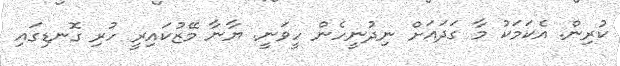
ކުރިން. އެކަމަކު މާ ގަދައަށް ނިދުނީހެން ހީވަނީ. ޔާނާ މޭޒުކައިރީ ހުރި ގޮނޑިގައި